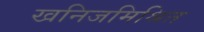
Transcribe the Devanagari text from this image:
खनिजमिश्रित